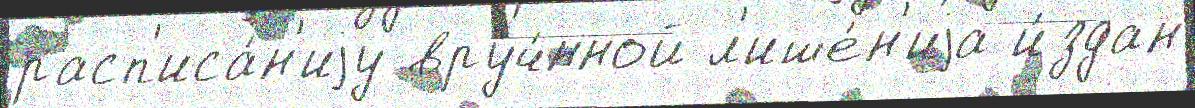
расп'иса́н'иjу вруч́нной л'ише́н'иjа и́здан